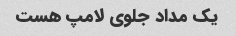
یک مداد جلوی لامپ هست